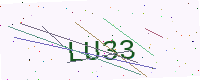
Text: LU33